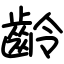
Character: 齡